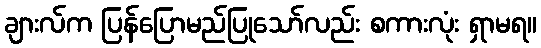
ချားလ်က ပြန်ပြောမည်ပြုသော်လည်း စကားလုံး ရှာမရ။